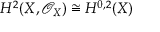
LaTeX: H ^ { 2 } ( X , { \mathcal { O } } _ { X } ) \cong H ^ { 0 , 2 } ( X )